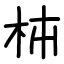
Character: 枾